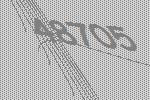
48705